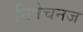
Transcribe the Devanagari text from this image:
निषेचनज